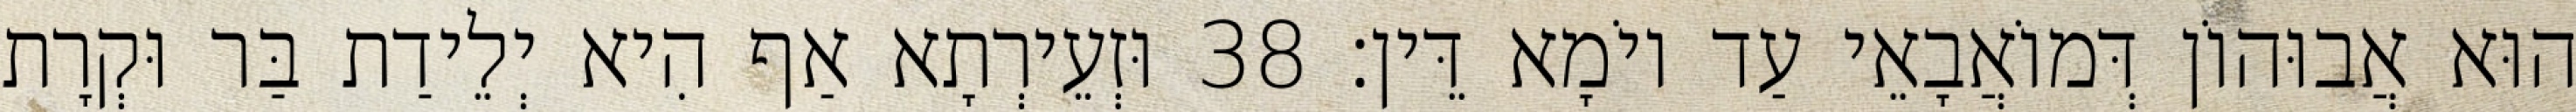
הוּא אֲבוּהוֹן דְּמוֹאֲבָאֵי עַד יוֹמָא דֵּין׃ 38 וּזְעֵירְתָא אַף הִיא יְלֵידַת בַּר וּקְרָת